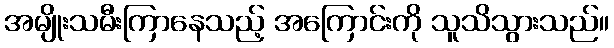
အမျိုးသမီးကြာနေသည့် အကြောင်းကို သူသိသွားသည်။